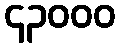
၄၃၀၀၀